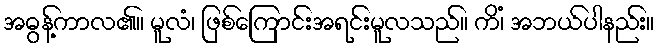
အဓွန့်ကာလ၏။ မူလံ၊ ဖြစ်ကြောင်းအရင်းမူလသည်။ ကိံ၊ အဘယ်ပါနည်း။